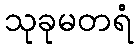
သုခုမတရံ